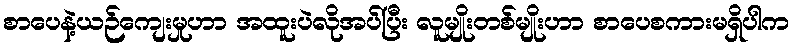
စာပေနဲ့ယဉ်ကျေးမှုဟာ အထူးပဲလိုအပ်ပြီး လူမျိုးတစ်မျိုးဟာ စာပေစကားမရှိပါက